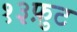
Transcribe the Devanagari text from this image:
१३फ़ुट